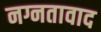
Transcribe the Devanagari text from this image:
नग्नतावाद